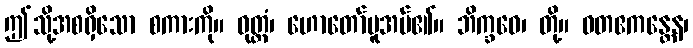
ဤသို့အစရှိသော စကားကို။ ဝုတ္တံ၊ ဟောတော်မူအပ်၏။ ဘိက္ခဝေ၊ တို့။ ဝတဧကန္တေန၊